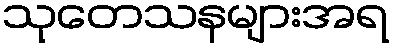
သုတေသနများအရ